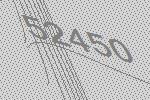
52450